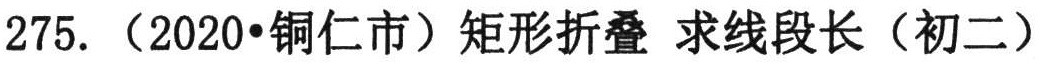
275. （2020•铜仁市）矩形折叠 求线段长（初二）